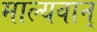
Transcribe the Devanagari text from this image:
माल्यवान्